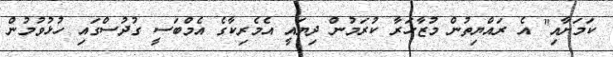
ކަމަށާއި" އެ ރައްޔިތުން މުޒާހަރާ ކުރަމުން ދިޔައީ އެމެރިކާގެ އެމްބަސީ ގުދުސްގައި ހުޅުވުމުން